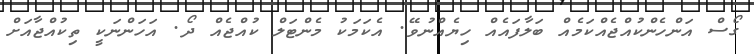
ގޯސް އަންހެންކުއްޖެއްކަމެއް ބަލާފައެއް ހިޔެއްނުވޭ. އެކަމަކު މެންޓަލް ކުއްޖެއް ދޯ. އަހަންނަކީ ތިކުއްޖާއަށް